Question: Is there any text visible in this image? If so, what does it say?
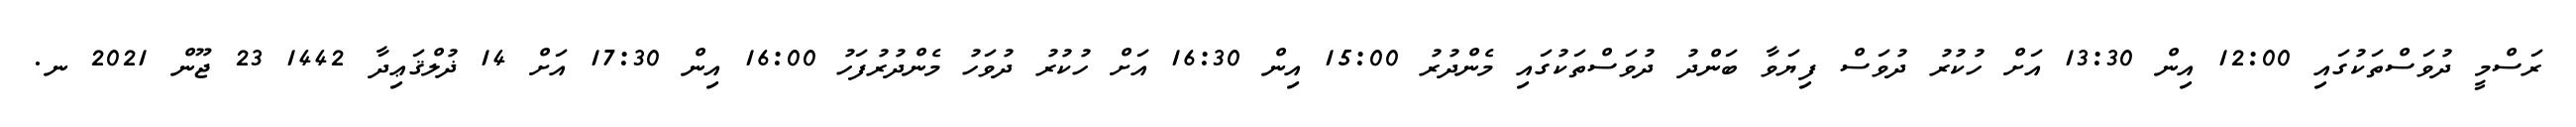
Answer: ރަސްމީ ދުވަސްތަކުގައި 12:00 އިން 13:30 އަށް ހުކުރު ދުވަސް ފިޔަވާ ބަންދު ދުވަސްތަކުގައި މެންދުރު 15:00 އިން 16:30 އަށް ހުކުރު ދުވަހު މެންދުރުފަހު 16:00 އިން 17:30 އަށް 14 ޛުލްޤަޢިދާ 1442 23 ޖޫން 2021 ނ.